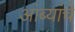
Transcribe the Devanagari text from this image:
आंब्यांचे